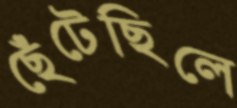
ছেঁটেছিলে